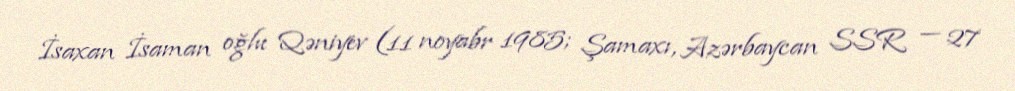
İsaxan İsaman oğlu Qəniyev (11 noyabr 1985; Şamaxı, Azərbaycan SSR — 27